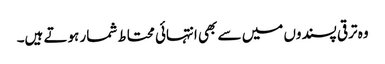
وہ ترقی پسندوں میں سے بھی انتہائی محتاط شمار ہوتے ہیں۔